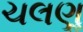
ચલણૢ